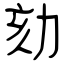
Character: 劾